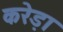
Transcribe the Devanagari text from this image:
करेड़ा